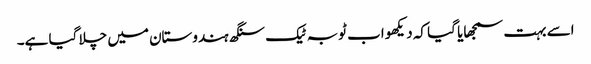
اسے بہت سمجھایا گیا کہ دیکھو اب ٹوبہ ٹیک سنگھ ہندوستان میں چلا گیا ہے۔